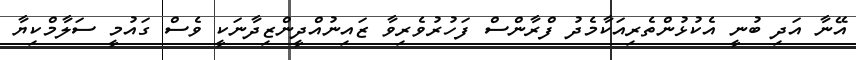
އޭނާ އަދި ބުނީ އެކުޅުންތެރިއަކާމެދު ފްރާންސް ފަހުރުވެރިވާ ޒައިނުއްދީންޒިދާނަކީ ވެސް ގައުމީ ސަލާމްކިޔާ